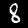
Label: 8